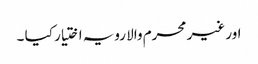
اور غیر محرم والا رویہ اختیار کیا ۔